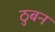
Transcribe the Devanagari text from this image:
ठुबन